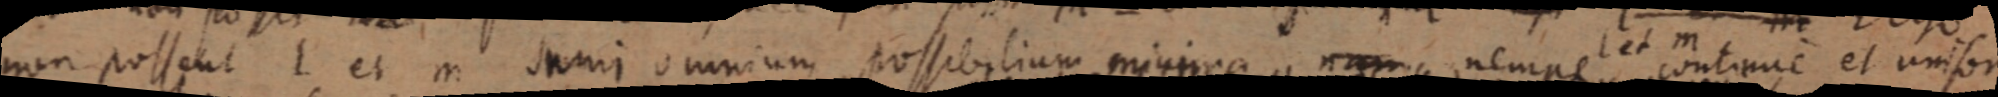
non possent I et m sumi omnium possibilium minima nam nempe continue et unifor